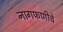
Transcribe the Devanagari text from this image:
नागफणीचे